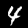
Digit: 4